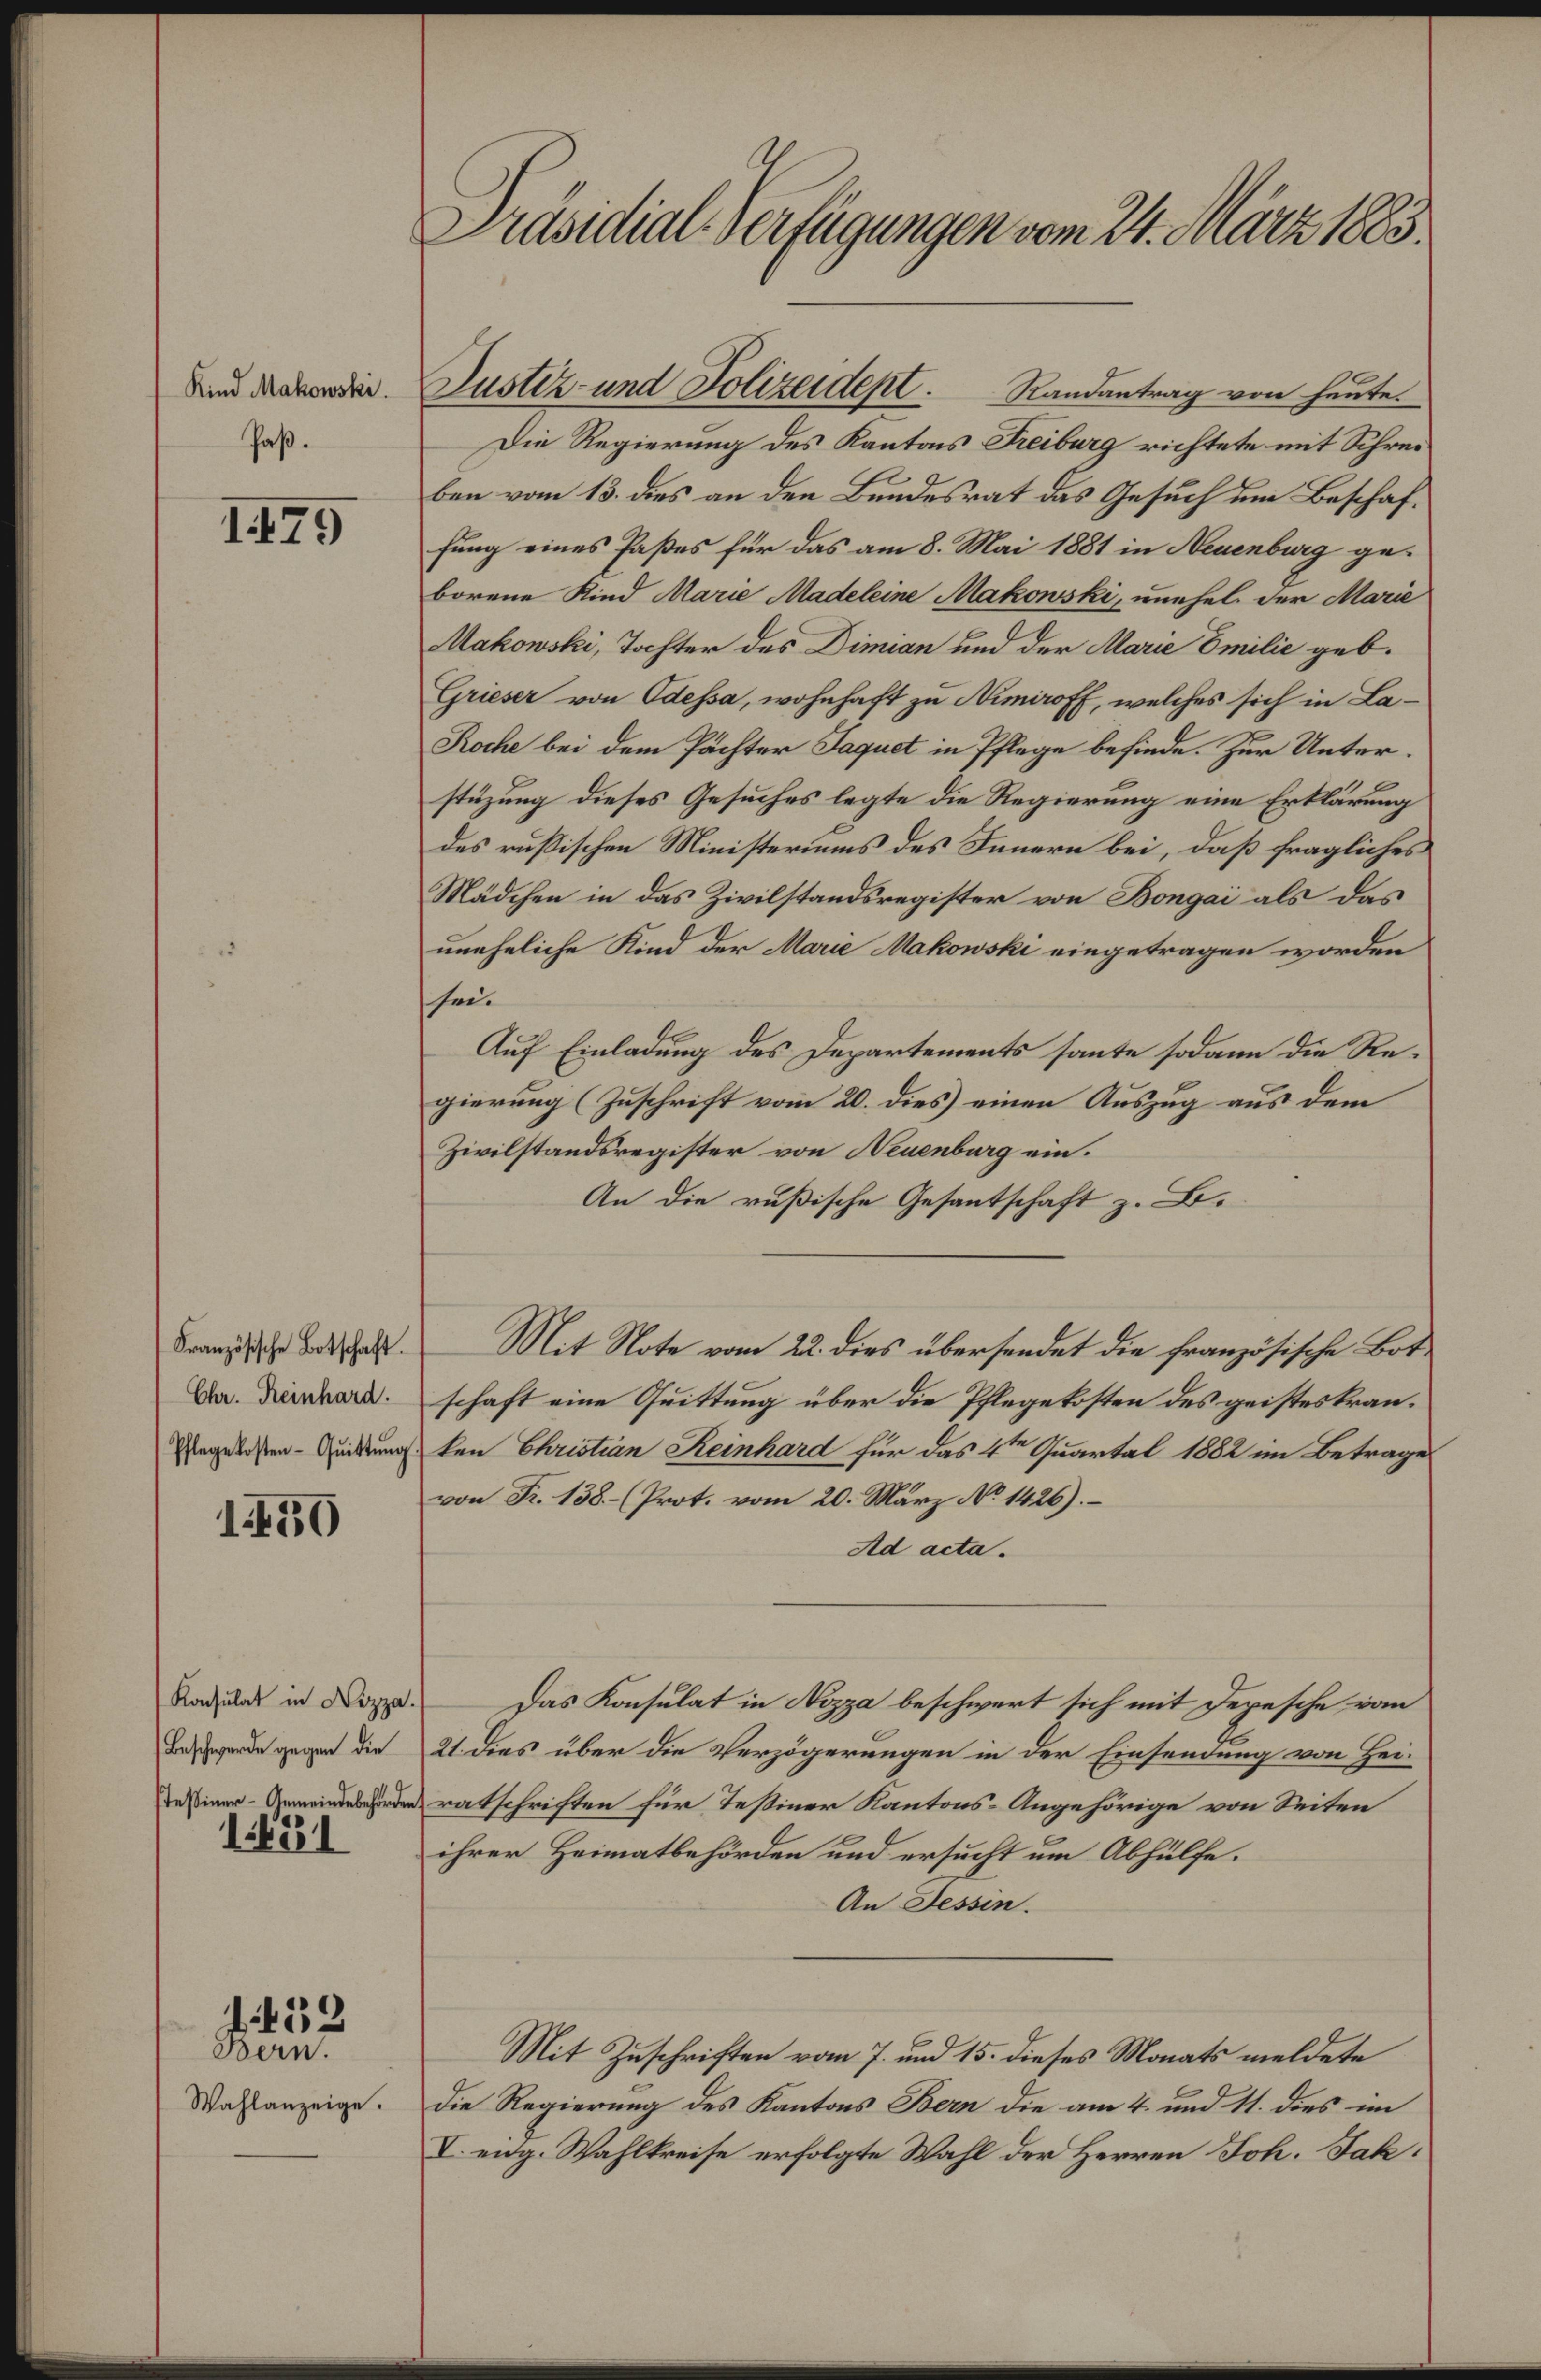
Präsidial-Verfügungen vom 24. März 1883.
Kind Makowski.
Paß.
1479
Justiz- und Polizeidept. Randantrag von heute.
Die Regierung des Kantons Freiburg richtete mit Schrei¬
ben vom 13. dies an den Bundesrat das Gesuch um Beschaf¬
fung eines Paßes für das am 8. Mai 1881 in Neuenburg ge¬
borene Kind Marie Madeleine Makowski, unehel. der Marie
Makowski, Tochter des Dimian und der Marie Emilie geb.
Grieser von Odessa, wohnhaft zu Nimiroff, welches sich in La-
Roche bei dem Pächter Jaquet in Pflege befinde. Zur Unter¬
stüzung dieses Gesuches legte die Regierung eine Erklärung
des russischen Ministeriums des Innern bei, daß fragliches
Mädchen in das Zivilstandsregister von Bongaï als das
uneheliche Kind der Marie Makowski eingetragen worden
sei.
Auf Einladung des Departements sante sodann die Re¬
gierung (Zuschrift vom 20. dies) einen Auszug aus dem
Zivilstandsregister von Neuenburg ein.
An die rußische Gesantschaft z. B.
Französische Botschaft.
Chr. Reinhard.
Pflegekosten-Quittung.
1480
Mit Note vom 22. dies übersendet die französische Bot¬
schaft eine Quittung über die Pflegekosten des geisteskran¬
ken Christian Reinhard für das 4te Quartal 1882 im Betrage
von Fr. 138.- (Prot. vom 20. März No. 1426). —
Ad acta.
Konsulat in Nizza.
Beschwerde gegen die
Tessiner-Gemeindebehörden.
1481
Das Konsulat in Nizza beschwert sich mit Depesche vom
21. dies über die Verzögerungen in der Einsendung von Hei¬
ratschriften für Tessiner Kantons-Angehörige von Seiten
ihrer Heimatbehörden und ersucht um Abhülfe.
An Tessin.
1482
Bern.
Wahlanzeige.
Mit Zuschriften vom 7. und 15. dieses Monats meldete
die Regierung des Kantons Bern die am 4. und 11. dies im
V. eidg. Wahlkreise erfolgte Wahl der Herren Joh. Jak.